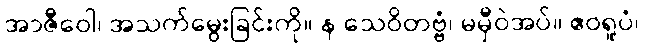
အာဇီဝေါ၊ အသက်မွေးခြင်းကို။ န သေဝိတဗ္ဗံ၊ မမှီဝဲအပ်။ ဧဝရူပံ၊